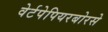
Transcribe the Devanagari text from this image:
वेर्टपेपियरबोरसे